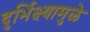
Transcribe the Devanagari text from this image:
दुर्भिक्ष्यामुळे